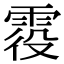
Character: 𩂹